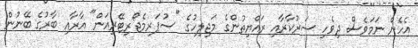
އެހެން ނަމަވެސް ދިވެހި ސަރުކާރާއި ރައްޔިތުންގެ މަޖިލިހުގެ "ސުޕަރމެޖޯރިޓޭރިއަން" އާރާއި ބާރުގެ ބޭނުން